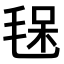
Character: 𣮃